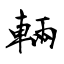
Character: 輛